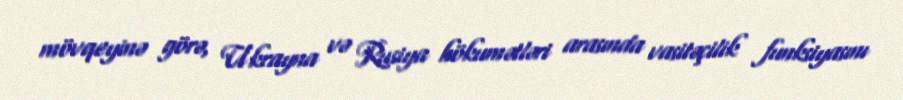
mövqeyinə görə, Ukrayna və Rusiya hökumətləri arasında vasitəçilik funksiyasını